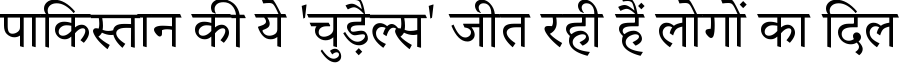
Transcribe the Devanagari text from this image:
पाकिस्तान की ये 'चुड़ैल्स' जीत रही हैं लोगों का दिल